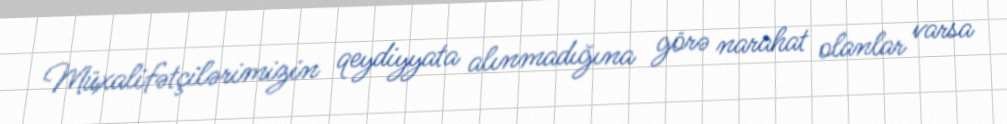
Müxalifətçilərimizin qeydiyyata alınmadığına görə narahat olanlar varsa